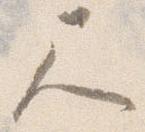
尺